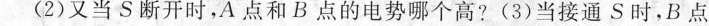
(2)又当S断开时，A点和B点的电势哪个高?(3)当接通S时，B点